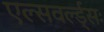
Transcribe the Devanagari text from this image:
एल्सवर्ल्ड्सः